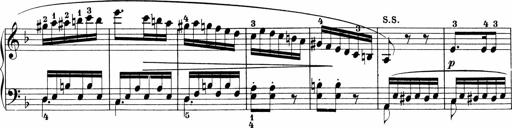
Title: Sonatinen Op.47, 98 und 136, nebst 6 Liedersonatinen
Composer: Carl Reinecke